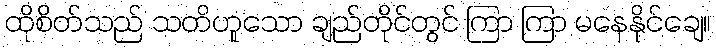
ထိုစိတ်သည် သတိဟူသော ချည်တိုင်တွင် ကြာ ကြာ မနေနိုင်ချေ။